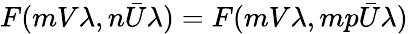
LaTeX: F(mV\lambda,n\bar{U}\lambda)=F(mV\lambda,mp\bar{U}\lambda)